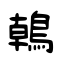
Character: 鶾